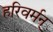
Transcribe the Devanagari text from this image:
हरिवर्मन्‌